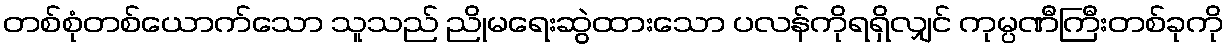
တစ်စုံတစ်ယောက်သော သူသည် ညိုမရေးဆွဲထားသော ပလန်ကိုရရှိလျှင် ကုမ္ပဏီကြီးတစ်ခုကို